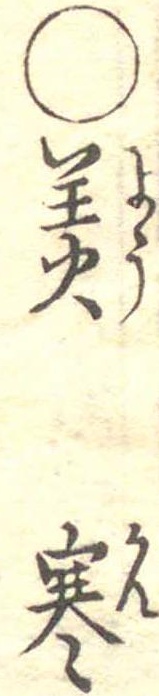
○羙寒